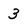
Character: 3